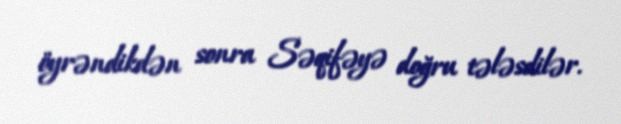
öyrəndikdən sonra Səqifəyə doğru tələsdilər.